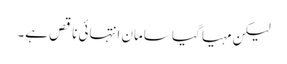
لیکن مہیا گیا سامان انتہائی ناقص ہے۔